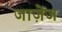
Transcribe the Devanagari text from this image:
जाज़ेंज